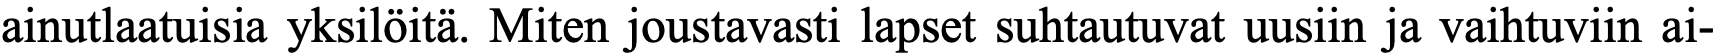
ainutlaatuisia yksilöitä. Miten joustavasti lapset suhtautuvat uusiin ja vaihtuviin ai-